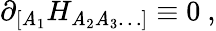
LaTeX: \partial_{[\mathit{A}_{1}}H_{\mathit{A}_{2}\mathit{A}_{3}\ldots]}\equiv0\ ,